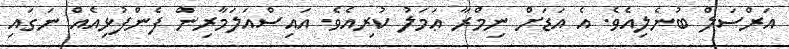
އަރްސަލް ބުނެލިއެވެ. އެ އަޑަށް ނިމްރާ ޢަމަލު ކުރިއެވެ. އައިސްއަލަމާރިން ފެންފުޅިއެއް ނަގައި